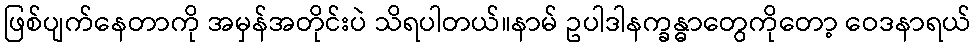
ဖြစ်ပျက်နေတာကို အမှန်အတိုင်းပဲ သိရပါတယ်။နာမ် ဥပါဒါနက္ခန္ဓာတွေကိုတော့ ဝေဒနာရယ်